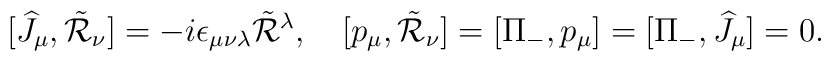
[\widehat{J}_\mu,\tilde{\cal R}_\nu]=-i \epsilon_{\mu\nu\lambda}\tilde{\cal R}{}^\lambda,\quad[p_\mu,\tilde{\cal R}_\nu]=[\Pi_-,p_\mu]=[\Pi_-,\widehat{J}_\mu]=0.